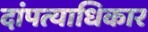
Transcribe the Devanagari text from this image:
दांपत्याधिकार